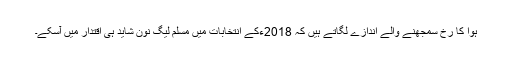
ہوا کا رُخ سمجھنے والے اندازے لگاتے ہیں کہ 2018ءکے انتخابات میں مسلم لیگ نون شاید ہی اقتدار میں آسکے۔